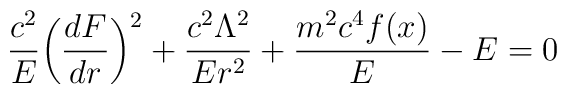
{c^2\over E}\biggl({d F \over d r }\biggr)^2 +{c^2 \Lambda^2\over E r^2} + {m^2 c^4 f(x)\over E} - E = 0